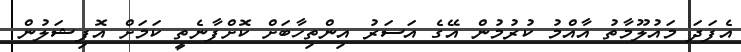
އެފަދަ މައުލޫމާތު އާއްމު ކުރުމުން އޭގެ އަސަރު އިންތިހާބަށް ކޮށްފާނެތީ ކަމަށް އޮފިޝަލުން